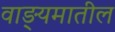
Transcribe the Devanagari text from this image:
वाङ्यमातील